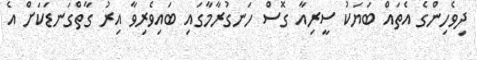
ދިވެހިންގެ އެތައް ބަޔަކު ސީރިއާ ގޮސް ހަނގުރާމާގައި ބައިވެރިވާ އިރު ގާތްގަނޑަކަށް އެ